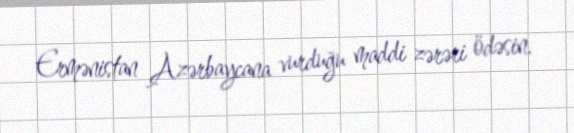
Ermənistan Azərbaycana vurduğu maddi zərəri ödəsin.